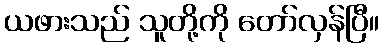
ယဖားသည် သူတို့ကို တော်လှန်ပြီ။